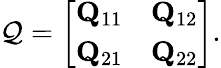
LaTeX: \mathcal{Q}=\left[\begin{array}{ll}{\mathbf{Q}_{11}}&{\mathbf{Q}_{12}}\\ {\mathbf{Q}_{21}}&{\mathbf{Q}_{22}}\end{array}\right].